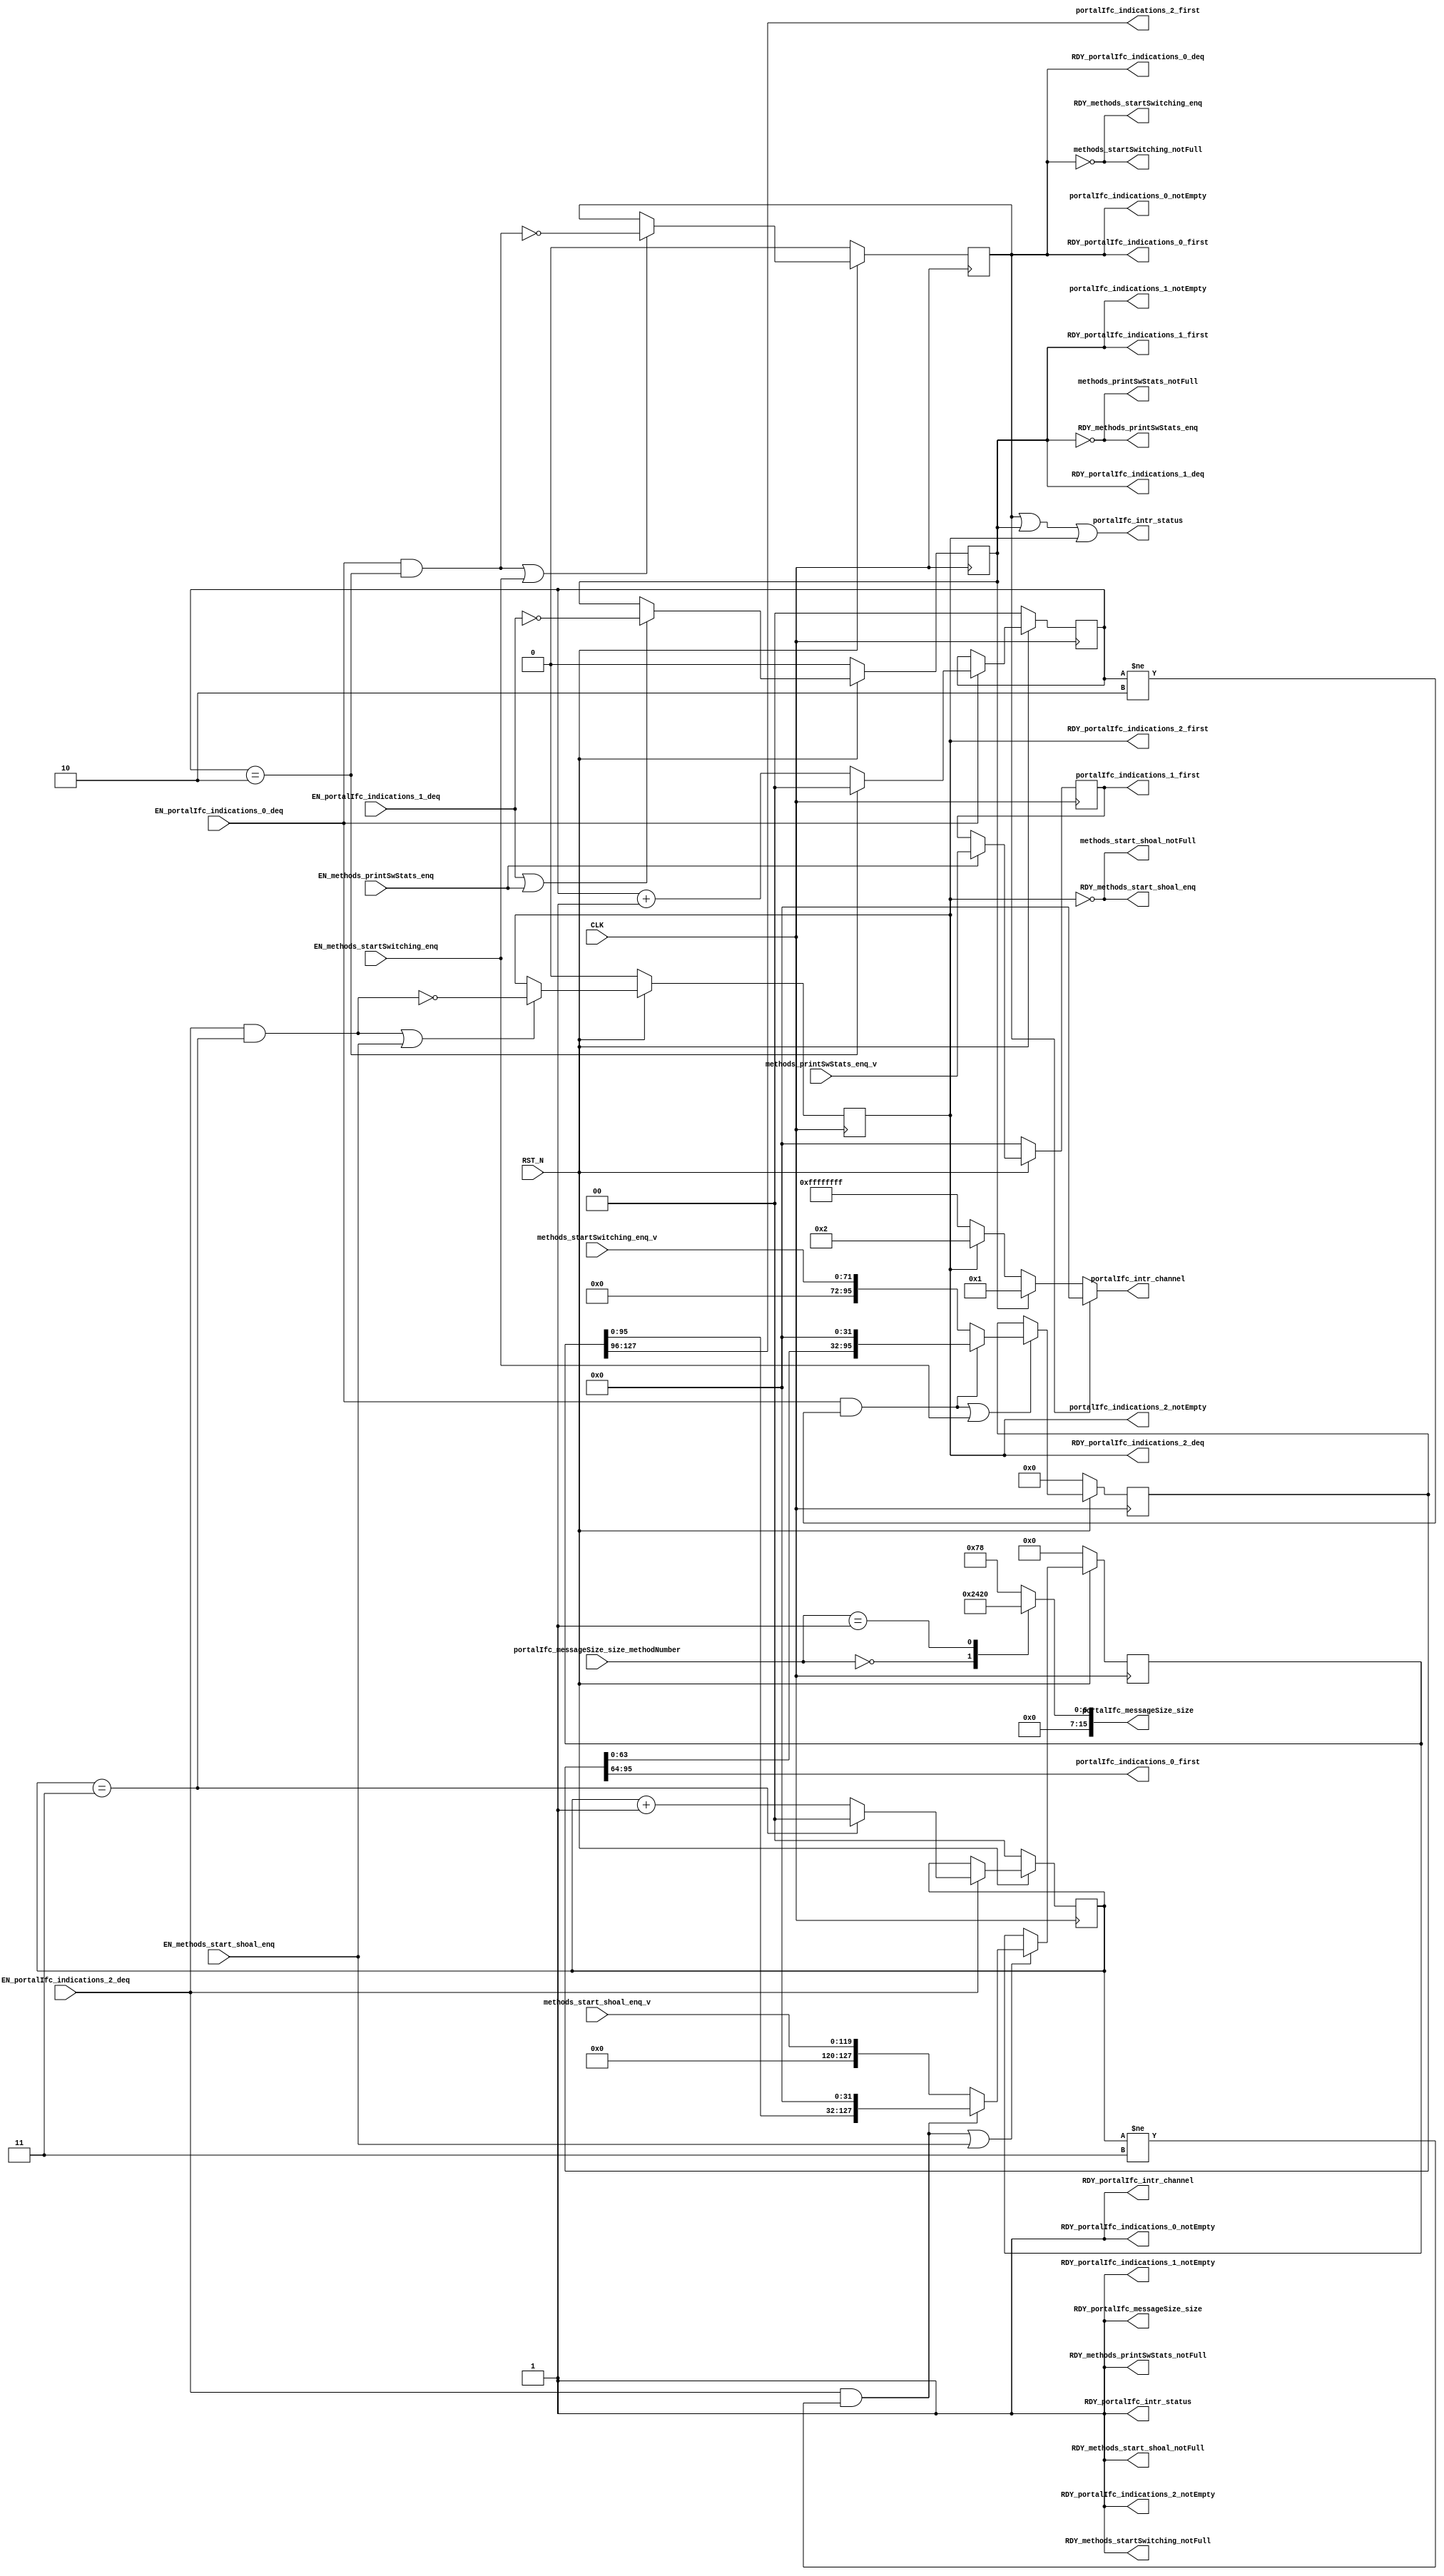
//
// Generated by Bluespec Compiler, version 2023.01 (build 52adafa5)
//
// timestamp removed
//
// BVI format method schedule info:
// schedule methods_startSwitching_enq  CF ( methods_printSwStats_enq,
// 					  methods_printSwStats_notFull,
// 					  methods_start_shoal_enq,
// 					  methods_start_shoal_notFull,
// 					  portalIfc_messageSize_size,
// 					  portalIfc_indications_0_first,
// 					  portalIfc_indications_0_deq,
// 					  portalIfc_indications_1_first,
// 					  portalIfc_indications_1_deq,
// 					  portalIfc_indications_1_notEmpty,
// 					  portalIfc_indications_2_first,
// 					  portalIfc_indications_2_deq,
// 					  portalIfc_indications_2_notEmpty );
// schedule methods_startSwitching_enq  C ( methods_startSwitching_enq );
//
// schedule methods_startSwitching_notFull  CF ( methods_startSwitching_notFull,
// 					      methods_printSwStats_enq,
// 					      methods_printSwStats_notFull,
// 					      methods_start_shoal_enq,
// 					      methods_start_shoal_notFull,
// 					      portalIfc_messageSize_size,
// 					      portalIfc_indications_0_first,
// 					      portalIfc_indications_0_notEmpty,
// 					      portalIfc_indications_1_first,
// 					      portalIfc_indications_1_deq,
// 					      portalIfc_indications_1_notEmpty,
// 					      portalIfc_indications_2_first,
// 					      portalIfc_indications_2_deq,
// 					      portalIfc_indications_2_notEmpty,
// 					      portalIfc_intr_status,
// 					      portalIfc_intr_channel );
// schedule methods_startSwitching_notFull  SB ( methods_startSwitching_enq,
// 					      portalIfc_indications_0_deq );
//
// schedule methods_printSwStats_enq  CF ( methods_startSwitching_enq,
// 					methods_startSwitching_notFull,
// 					methods_start_shoal_enq,
// 					methods_start_shoal_notFull,
// 					portalIfc_messageSize_size,
// 					portalIfc_indications_0_first,
// 					portalIfc_indications_0_deq,
// 					portalIfc_indications_0_notEmpty,
// 					portalIfc_indications_1_first,
// 					portalIfc_indications_1_deq,
// 					portalIfc_indications_2_first,
// 					portalIfc_indications_2_deq,
// 					portalIfc_indications_2_notEmpty );
// schedule methods_printSwStats_enq  C ( methods_printSwStats_enq );
//
// schedule methods_printSwStats_notFull  CF ( methods_startSwitching_enq,
// 					    methods_startSwitching_notFull,
// 					    methods_printSwStats_notFull,
// 					    methods_start_shoal_enq,
// 					    methods_start_shoal_notFull,
// 					    portalIfc_messageSize_size,
// 					    portalIfc_indications_0_first,
// 					    portalIfc_indications_0_deq,
// 					    portalIfc_indications_0_notEmpty,
// 					    portalIfc_indications_1_first,
// 					    portalIfc_indications_1_notEmpty,
// 					    portalIfc_indications_2_first,
// 					    portalIfc_indications_2_deq,
// 					    portalIfc_indications_2_notEmpty,
// 					    portalIfc_intr_status,
// 					    portalIfc_intr_channel );
// schedule methods_printSwStats_notFull  SB ( methods_printSwStats_enq,
// 					    portalIfc_indications_1_deq );
//
// schedule methods_start_shoal_enq  CF ( methods_startSwitching_enq,
// 				       methods_startSwitching_notFull,
// 				       methods_printSwStats_enq,
// 				       methods_printSwStats_notFull,
// 				       portalIfc_messageSize_size,
// 				       portalIfc_indications_0_first,
// 				       portalIfc_indications_0_deq,
// 				       portalIfc_indications_0_notEmpty,
// 				       portalIfc_indications_1_first,
// 				       portalIfc_indications_1_deq,
// 				       portalIfc_indications_1_notEmpty,
// 				       portalIfc_indications_2_first,
// 				       portalIfc_indications_2_deq );
// schedule methods_start_shoal_enq  C ( methods_start_shoal_enq );
//
// schedule methods_start_shoal_notFull  CF ( methods_startSwitching_enq,
// 					   methods_startSwitching_notFull,
// 					   methods_printSwStats_enq,
// 					   methods_printSwStats_notFull,
// 					   methods_start_shoal_notFull,
// 					   portalIfc_messageSize_size,
// 					   portalIfc_indications_0_first,
// 					   portalIfc_indications_0_deq,
// 					   portalIfc_indications_0_notEmpty,
// 					   portalIfc_indications_1_first,
// 					   portalIfc_indications_1_deq,
// 					   portalIfc_indications_1_notEmpty,
// 					   portalIfc_indications_2_first,
// 					   portalIfc_indications_2_notEmpty,
// 					   portalIfc_intr_status,
// 					   portalIfc_intr_channel );
// schedule methods_start_shoal_notFull  SB ( methods_start_shoal_enq,
// 					   portalIfc_indications_2_deq );
//
// schedule portalIfc_messageSize_size  CF ( methods_startSwitching_enq,
// 					  methods_startSwitching_notFull,
// 					  methods_printSwStats_enq,
// 					  methods_printSwStats_notFull,
// 					  methods_start_shoal_enq,
// 					  methods_start_shoal_notFull,
// 					  portalIfc_messageSize_size,
// 					  portalIfc_indications_0_first,
// 					  portalIfc_indications_0_deq,
// 					  portalIfc_indications_0_notEmpty,
// 					  portalIfc_indications_1_first,
// 					  portalIfc_indications_1_deq,
// 					  portalIfc_indications_1_notEmpty,
// 					  portalIfc_indications_2_first,
// 					  portalIfc_indications_2_deq,
// 					  portalIfc_indications_2_notEmpty,
// 					  portalIfc_intr_status,
// 					  portalIfc_intr_channel );
//
// schedule portalIfc_indications_0_first  CF ( methods_startSwitching_enq,
// 					     methods_startSwitching_notFull,
// 					     methods_printSwStats_enq,
// 					     methods_printSwStats_notFull,
// 					     methods_start_shoal_enq,
// 					     methods_start_shoal_notFull,
// 					     portalIfc_messageSize_size,
// 					     portalIfc_indications_0_first,
// 					     portalIfc_indications_0_notEmpty,
// 					     portalIfc_indications_1_first,
// 					     portalIfc_indications_1_deq,
// 					     portalIfc_indications_1_notEmpty,
// 					     portalIfc_indications_2_first,
// 					     portalIfc_indications_2_deq,
// 					     portalIfc_indications_2_notEmpty,
// 					     portalIfc_intr_status,
// 					     portalIfc_intr_channel );
// schedule portalIfc_indications_0_first  SB ( portalIfc_indications_0_deq );
//
// schedule portalIfc_indications_0_deq  CF ( methods_startSwitching_enq,
// 					   methods_printSwStats_enq,
// 					   methods_printSwStats_notFull,
// 					   methods_start_shoal_enq,
// 					   methods_start_shoal_notFull,
// 					   portalIfc_messageSize_size,
// 					   portalIfc_indications_1_first,
// 					   portalIfc_indications_1_deq,
// 					   portalIfc_indications_1_notEmpty,
// 					   portalIfc_indications_2_first,
// 					   portalIfc_indications_2_deq,
// 					   portalIfc_indications_2_notEmpty );
// schedule portalIfc_indications_0_deq  C ( portalIfc_indications_0_deq );
//
// schedule portalIfc_indications_0_notEmpty  CF ( methods_startSwitching_notFull,
// 						methods_printSwStats_enq,
// 						methods_printSwStats_notFull,
// 						methods_start_shoal_enq,
// 						methods_start_shoal_notFull,
// 						portalIfc_messageSize_size,
// 						portalIfc_indications_0_first,
// 						portalIfc_indications_0_notEmpty,
// 						portalIfc_indications_1_first,
// 						portalIfc_indications_1_deq,
// 						portalIfc_indications_1_notEmpty,
// 						portalIfc_indications_2_first,
// 						portalIfc_indications_2_deq,
// 						portalIfc_indications_2_notEmpty,
// 						portalIfc_intr_status,
// 						portalIfc_intr_channel );
// schedule portalIfc_indications_0_notEmpty  SB ( methods_startSwitching_enq,
// 						portalIfc_indications_0_deq );
//
// schedule portalIfc_indications_1_first  CF ( methods_startSwitching_enq,
// 					     methods_startSwitching_notFull,
// 					     methods_printSwStats_enq,
// 					     methods_printSwStats_notFull,
// 					     methods_start_shoal_enq,
// 					     methods_start_shoal_notFull,
// 					     portalIfc_messageSize_size,
// 					     portalIfc_indications_0_first,
// 					     portalIfc_indications_0_deq,
// 					     portalIfc_indications_0_notEmpty,
// 					     portalIfc_indications_1_first,
// 					     portalIfc_indications_1_notEmpty,
// 					     portalIfc_indications_2_first,
// 					     portalIfc_indications_2_deq,
// 					     portalIfc_indications_2_notEmpty,
// 					     portalIfc_intr_status,
// 					     portalIfc_intr_channel );
// schedule portalIfc_indications_1_first  SB ( portalIfc_indications_1_deq );
//
// schedule portalIfc_indications_1_deq  CF ( methods_startSwitching_enq,
// 					   methods_startSwitching_notFull,
// 					   methods_printSwStats_enq,
// 					   methods_start_shoal_enq,
// 					   methods_start_shoal_notFull,
// 					   portalIfc_messageSize_size,
// 					   portalIfc_indications_0_first,
// 					   portalIfc_indications_0_deq,
// 					   portalIfc_indications_0_notEmpty,
// 					   portalIfc_indications_2_first,
// 					   portalIfc_indications_2_deq,
// 					   portalIfc_indications_2_notEmpty );
// schedule portalIfc_indications_1_deq  C ( portalIfc_indications_1_deq );
//
// schedule portalIfc_indications_1_notEmpty  CF ( methods_startSwitching_enq,
// 						methods_startSwitching_notFull,
// 						methods_printSwStats_notFull,
// 						methods_start_shoal_enq,
// 						methods_start_shoal_notFull,
// 						portalIfc_messageSize_size,
// 						portalIfc_indications_0_first,
// 						portalIfc_indications_0_deq,
// 						portalIfc_indications_0_notEmpty,
// 						portalIfc_indications_1_first,
// 						portalIfc_indications_1_notEmpty,
// 						portalIfc_indications_2_first,
// 						portalIfc_indications_2_deq,
// 						portalIfc_indications_2_notEmpty,
// 						portalIfc_intr_status,
// 						portalIfc_intr_channel );
// schedule portalIfc_indications_1_notEmpty  SB ( methods_printSwStats_enq,
// 						portalIfc_indications_1_deq );
//
// schedule portalIfc_indications_2_first  CF ( methods_startSwitching_enq,
// 					     methods_startSwitching_notFull,
// 					     methods_printSwStats_enq,
// 					     methods_printSwStats_notFull,
// 					     methods_start_shoal_enq,
// 					     methods_start_shoal_notFull,
// 					     portalIfc_messageSize_size,
// 					     portalIfc_indications_0_first,
// 					     portalIfc_indications_0_deq,
// 					     portalIfc_indications_0_notEmpty,
// 					     portalIfc_indications_1_first,
// 					     portalIfc_indications_1_deq,
// 					     portalIfc_indications_1_notEmpty,
// 					     portalIfc_indications_2_first,
// 					     portalIfc_indications_2_notEmpty,
// 					     portalIfc_intr_status,
// 					     portalIfc_intr_channel );
// schedule portalIfc_indications_2_first  SB ( portalIfc_indications_2_deq );
//
// schedule portalIfc_indications_2_deq  CF ( methods_startSwitching_enq,
// 					   methods_startSwitching_notFull,
// 					   methods_printSwStats_enq,
// 					   methods_printSwStats_notFull,
// 					   methods_start_shoal_enq,
// 					   portalIfc_messageSize_size,
// 					   portalIfc_indications_0_first,
// 					   portalIfc_indications_0_deq,
// 					   portalIfc_indications_0_notEmpty,
// 					   portalIfc_indications_1_first,
// 					   portalIfc_indications_1_deq,
// 					   portalIfc_indications_1_notEmpty );
// schedule portalIfc_indications_2_deq  C ( portalIfc_indications_2_deq );
//
// schedule portalIfc_indications_2_notEmpty  CF ( methods_startSwitching_enq,
// 						methods_startSwitching_notFull,
// 						methods_printSwStats_enq,
// 						methods_printSwStats_notFull,
// 						methods_start_shoal_notFull,
// 						portalIfc_messageSize_size,
// 						portalIfc_indications_0_first,
// 						portalIfc_indications_0_deq,
// 						portalIfc_indications_0_notEmpty,
// 						portalIfc_indications_1_first,
// 						portalIfc_indications_1_deq,
// 						portalIfc_indications_1_notEmpty,
// 						portalIfc_indications_2_first,
// 						portalIfc_indications_2_notEmpty,
// 						portalIfc_intr_status,
// 						portalIfc_intr_channel );
// schedule portalIfc_indications_2_notEmpty  SB ( methods_start_shoal_enq,
// 						portalIfc_indications_2_deq );
//
// schedule portalIfc_intr_status  CF ( methods_startSwitching_notFull,
// 				     methods_printSwStats_notFull,
// 				     methods_start_shoal_notFull,
// 				     portalIfc_messageSize_size,
// 				     portalIfc_indications_0_first,
// 				     portalIfc_indications_0_notEmpty,
// 				     portalIfc_indications_1_first,
// 				     portalIfc_indications_1_notEmpty,
// 				     portalIfc_indications_2_first,
// 				     portalIfc_indications_2_notEmpty,
// 				     portalIfc_intr_status,
// 				     portalIfc_intr_channel );
// schedule portalIfc_intr_status  SB ( methods_startSwitching_enq,
// 				     methods_printSwStats_enq,
// 				     methods_start_shoal_enq,
// 				     portalIfc_indications_0_deq,
// 				     portalIfc_indications_1_deq,
// 				     portalIfc_indications_2_deq );
//
// schedule portalIfc_intr_channel  CF ( methods_startSwitching_notFull,
// 				      methods_printSwStats_notFull,
// 				      methods_start_shoal_notFull,
// 				      portalIfc_messageSize_size,
// 				      portalIfc_indications_0_first,
// 				      portalIfc_indications_0_notEmpty,
// 				      portalIfc_indications_1_first,
// 				      portalIfc_indications_1_notEmpty,
// 				      portalIfc_indications_2_first,
// 				      portalIfc_indications_2_notEmpty,
// 				      portalIfc_intr_status,
// 				      portalIfc_intr_channel );
// schedule portalIfc_intr_channel  SB ( methods_startSwitching_enq,
// 				      methods_printSwStats_enq,
// 				      methods_start_shoal_enq,
// 				      portalIfc_indications_0_deq,
// 				      portalIfc_indications_1_deq,
// 				      portalIfc_indications_2_deq );
//
//
// Ports:
// Name                         I/O  size props
// RDY_methods_startSwitching_enq  O     1
// methods_startSwitching_notFull  O     1
// RDY_methods_startSwitching_notFull  O     1 const
// RDY_methods_printSwStats_enq   O     1
// methods_printSwStats_notFull   O     1
// RDY_methods_printSwStats_notFull  O     1 const
// RDY_methods_start_shoal_enq    O     1
// methods_start_shoal_notFull    O     1
// RDY_methods_start_shoal_notFull  O     1 const
// portalIfc_messageSize_size     O    16
// RDY_portalIfc_messageSize_size  O     1 const
// portalIfc_indications_0_first  O    32 reg
// RDY_portalIfc_indications_0_first  O     1 reg
// RDY_portalIfc_indications_0_deq  O     1 reg
// portalIfc_indications_0_notEmpty  O     1 reg
// RDY_portalIfc_indications_0_notEmpty  O     1 const
// portalIfc_indications_1_first  O    32 reg
// RDY_portalIfc_indications_1_first  O     1 reg
// RDY_portalIfc_indications_1_deq  O     1 reg
// portalIfc_indications_1_notEmpty  O     1 reg
// RDY_portalIfc_indications_1_notEmpty  O     1 const
// portalIfc_indications_2_first  O    32 reg
// RDY_portalIfc_indications_2_first  O     1 reg
// RDY_portalIfc_indications_2_deq  O     1 reg
// portalIfc_indications_2_notEmpty  O     1 reg
// RDY_portalIfc_indications_2_notEmpty  O     1 const
// portalIfc_intr_status          O     1
// RDY_portalIfc_intr_status      O     1 const
// portalIfc_intr_channel         O    32
// RDY_portalIfc_intr_channel     O     1 const
// CLK                            I     1 clock
// RST_N                          I     1 reset
// methods_startSwitching_enq_v   I    72
// methods_printSwStats_enq_v     I    32 reg
// methods_start_shoal_enq_v      I   120
// portalIfc_messageSize_size_methodNumber  I    16
// EN_methods_startSwitching_enq  I     1
// EN_methods_printSwStats_enq    I     1
// EN_methods_start_shoal_enq     I     1
// EN_portalIfc_indications_0_deq  I     1
// EN_portalIfc_indications_1_deq  I     1
// EN_portalIfc_indications_2_deq  I     1
//
// Combinational paths from inputs to outputs:
//   portalIfc_messageSize_size_methodNumber -> portalIfc_messageSize_size
//
//

`ifdef BSV_ASSIGNMENT_DELAY
`else
  `define BSV_ASSIGNMENT_DELAY
`endif

`ifdef BSV_POSITIVE_RESET
  `define BSV_RESET_VALUE 1'b1
  `define BSV_RESET_EDGE posedge
`else
  `define BSV_RESET_VALUE 1'b0
  `define BSV_RESET_EDGE negedge
`endif

module mkShoalMultiSimTopRequestOutputPipes(CLK,
					    RST_N,

					    methods_startSwitching_enq_v,
					    EN_methods_startSwitching_enq,
					    RDY_methods_startSwitching_enq,

					    methods_startSwitching_notFull,
					    RDY_methods_startSwitching_notFull,

					    methods_printSwStats_enq_v,
					    EN_methods_printSwStats_enq,
					    RDY_methods_printSwStats_enq,

					    methods_printSwStats_notFull,
					    RDY_methods_printSwStats_notFull,

					    methods_start_shoal_enq_v,
					    EN_methods_start_shoal_enq,
					    RDY_methods_start_shoal_enq,

					    methods_start_shoal_notFull,
					    RDY_methods_start_shoal_notFull,

					    portalIfc_messageSize_size_methodNumber,
					    portalIfc_messageSize_size,
					    RDY_portalIfc_messageSize_size,

					    portalIfc_indications_0_first,
					    RDY_portalIfc_indications_0_first,

					    EN_portalIfc_indications_0_deq,
					    RDY_portalIfc_indications_0_deq,

					    portalIfc_indications_0_notEmpty,
					    RDY_portalIfc_indications_0_notEmpty,

					    portalIfc_indications_1_first,
					    RDY_portalIfc_indications_1_first,

					    EN_portalIfc_indications_1_deq,
					    RDY_portalIfc_indications_1_deq,

					    portalIfc_indications_1_notEmpty,
					    RDY_portalIfc_indications_1_notEmpty,

					    portalIfc_indications_2_first,
					    RDY_portalIfc_indications_2_first,

					    EN_portalIfc_indications_2_deq,
					    RDY_portalIfc_indications_2_deq,

					    portalIfc_indications_2_notEmpty,
					    RDY_portalIfc_indications_2_notEmpty,

					    portalIfc_intr_status,
					    RDY_portalIfc_intr_status,

					    portalIfc_intr_channel,
					    RDY_portalIfc_intr_channel);
  input  CLK;
  input  RST_N;

  // action method methods_startSwitching_enq
  input  [71 : 0] methods_startSwitching_enq_v;
  input  EN_methods_startSwitching_enq;
  output RDY_methods_startSwitching_enq;

  // value method methods_startSwitching_notFull
  output methods_startSwitching_notFull;
  output RDY_methods_startSwitching_notFull;

  // action method methods_printSwStats_enq
  input  [31 : 0] methods_printSwStats_enq_v;
  input  EN_methods_printSwStats_enq;
  output RDY_methods_printSwStats_enq;

  // value method methods_printSwStats_notFull
  output methods_printSwStats_notFull;
  output RDY_methods_printSwStats_notFull;

  // action method methods_start_shoal_enq
  input  [119 : 0] methods_start_shoal_enq_v;
  input  EN_methods_start_shoal_enq;
  output RDY_methods_start_shoal_enq;

  // value method methods_start_shoal_notFull
  output methods_start_shoal_notFull;
  output RDY_methods_start_shoal_notFull;

  // value method portalIfc_messageSize_size
  input  [15 : 0] portalIfc_messageSize_size_methodNumber;
  output [15 : 0] portalIfc_messageSize_size;
  output RDY_portalIfc_messageSize_size;

  // value method portalIfc_indications_0_first
  output [31 : 0] portalIfc_indications_0_first;
  output RDY_portalIfc_indications_0_first;

  // action method portalIfc_indications_0_deq
  input  EN_portalIfc_indications_0_deq;
  output RDY_portalIfc_indications_0_deq;

  // value method portalIfc_indications_0_notEmpty
  output portalIfc_indications_0_notEmpty;
  output RDY_portalIfc_indications_0_notEmpty;

  // value method portalIfc_indications_1_first
  output [31 : 0] portalIfc_indications_1_first;
  output RDY_portalIfc_indications_1_first;

  // action method portalIfc_indications_1_deq
  input  EN_portalIfc_indications_1_deq;
  output RDY_portalIfc_indications_1_deq;

  // value method portalIfc_indications_1_notEmpty
  output portalIfc_indications_1_notEmpty;
  output RDY_portalIfc_indications_1_notEmpty;

  // value method portalIfc_indications_2_first
  output [31 : 0] portalIfc_indications_2_first;
  output RDY_portalIfc_indications_2_first;

  // action method portalIfc_indications_2_deq
  input  EN_portalIfc_indications_2_deq;
  output RDY_portalIfc_indications_2_deq;

  // value method portalIfc_indications_2_notEmpty
  output portalIfc_indications_2_notEmpty;
  output RDY_portalIfc_indications_2_notEmpty;

  // value method portalIfc_intr_status
  output portalIfc_intr_status;
  output RDY_portalIfc_intr_status;

  // value method portalIfc_intr_channel
  output [31 : 0] portalIfc_intr_channel;
  output RDY_portalIfc_intr_channel;

  // signals for module outputs
  reg [15 : 0] portalIfc_messageSize_size;
  wire [31 : 0] portalIfc_indications_0_first,
		portalIfc_indications_1_first,
		portalIfc_indications_2_first,
		portalIfc_intr_channel;
  wire RDY_methods_printSwStats_enq,
       RDY_methods_printSwStats_notFull,
       RDY_methods_startSwitching_enq,
       RDY_methods_startSwitching_notFull,
       RDY_methods_start_shoal_enq,
       RDY_methods_start_shoal_notFull,
       RDY_portalIfc_indications_0_deq,
       RDY_portalIfc_indications_0_first,
       RDY_portalIfc_indications_0_notEmpty,
       RDY_portalIfc_indications_1_deq,
       RDY_portalIfc_indications_1_first,
       RDY_portalIfc_indications_1_notEmpty,
       RDY_portalIfc_indications_2_deq,
       RDY_portalIfc_indications_2_first,
       RDY_portalIfc_indications_2_notEmpty,
       RDY_portalIfc_intr_channel,
       RDY_portalIfc_intr_status,
       RDY_portalIfc_messageSize_size,
       methods_printSwStats_notFull,
       methods_startSwitching_notFull,
       methods_start_shoal_notFull,
       portalIfc_indications_0_notEmpty,
       portalIfc_indications_1_notEmpty,
       portalIfc_indications_2_notEmpty,
       portalIfc_intr_status;

  // register printSwStats_responseAdapter_bits
  reg [31 : 0] printSwStats_responseAdapter_bits;
  wire [31 : 0] printSwStats_responseAdapter_bits_D_IN;
  wire printSwStats_responseAdapter_bits_EN;

  // register printSwStats_responseAdapter_notEmptyReg
  reg printSwStats_responseAdapter_notEmptyReg;
  wire printSwStats_responseAdapter_notEmptyReg_D_IN,
       printSwStats_responseAdapter_notEmptyReg_EN;

  // register printSwStats_responseAdapter_shift
  reg [5 : 0] printSwStats_responseAdapter_shift;
  wire [5 : 0] printSwStats_responseAdapter_shift_D_IN;
  wire printSwStats_responseAdapter_shift_EN;

  // register startSwitching_responseAdapter_bits
  reg [95 : 0] startSwitching_responseAdapter_bits;
  wire [95 : 0] startSwitching_responseAdapter_bits_D_IN;
  wire startSwitching_responseAdapter_bits_EN;

  // register startSwitching_responseAdapter_count
  reg [1 : 0] startSwitching_responseAdapter_count;
  wire [1 : 0] startSwitching_responseAdapter_count_D_IN;
  wire startSwitching_responseAdapter_count_EN;

  // register startSwitching_responseAdapter_notEmptyReg
  reg startSwitching_responseAdapter_notEmptyReg;
  wire startSwitching_responseAdapter_notEmptyReg_D_IN,
       startSwitching_responseAdapter_notEmptyReg_EN;

  // register startSwitching_responseAdapter_shift
  reg [7 : 0] startSwitching_responseAdapter_shift;
  wire [7 : 0] startSwitching_responseAdapter_shift_D_IN;
  wire startSwitching_responseAdapter_shift_EN;

  // register start_shoal_responseAdapter_bits
  reg [127 : 0] start_shoal_responseAdapter_bits;
  wire [127 : 0] start_shoal_responseAdapter_bits_D_IN;
  wire start_shoal_responseAdapter_bits_EN;

  // register start_shoal_responseAdapter_count
  reg [1 : 0] start_shoal_responseAdapter_count;
  wire [1 : 0] start_shoal_responseAdapter_count_D_IN;
  wire start_shoal_responseAdapter_count_EN;

  // register start_shoal_responseAdapter_notEmptyReg
  reg start_shoal_responseAdapter_notEmptyReg;
  wire start_shoal_responseAdapter_notEmptyReg_D_IN,
       start_shoal_responseAdapter_notEmptyReg_EN;

  // register start_shoal_responseAdapter_shift
  reg [7 : 0] start_shoal_responseAdapter_shift;
  wire [7 : 0] start_shoal_responseAdapter_shift_D_IN;
  wire start_shoal_responseAdapter_shift_EN;

  // inputs to muxes for submodule ports
  wire [127 : 0] MUX_start_shoal_responseAdapter_bits_write_1__VAL_1,
		 MUX_start_shoal_responseAdapter_bits_write_1__VAL_2;
  wire [95 : 0] MUX_startSwitching_responseAdapter_bits_write_1__VAL_1,
		MUX_startSwitching_responseAdapter_bits_write_1__VAL_2;
  wire MUX_startSwitching_responseAdapter_bits_write_1__SEL_1,
       MUX_startSwitching_responseAdapter_notEmptyReg_write_1__SEL_1,
       MUX_start_shoal_responseAdapter_bits_write_1__SEL_1,
       MUX_start_shoal_responseAdapter_notEmptyReg_write_1__SEL_1;

  // remaining internal signals
  wire [1 : 0] x__h1214, x__h990;

  // action method methods_startSwitching_enq
  assign RDY_methods_startSwitching_enq =
	     !startSwitching_responseAdapter_notEmptyReg ;

  // value method methods_startSwitching_notFull
  assign methods_startSwitching_notFull =
	     !startSwitching_responseAdapter_notEmptyReg ;
  assign RDY_methods_startSwitching_notFull = 1'd1 ;

  // action method methods_printSwStats_enq
  assign RDY_methods_printSwStats_enq =
	     !printSwStats_responseAdapter_notEmptyReg ;

  // value method methods_printSwStats_notFull
  assign methods_printSwStats_notFull =
	     !printSwStats_responseAdapter_notEmptyReg ;
  assign RDY_methods_printSwStats_notFull = 1'd1 ;

  // action method methods_start_shoal_enq
  assign RDY_methods_start_shoal_enq =
	     !start_shoal_responseAdapter_notEmptyReg ;

  // value method methods_start_shoal_notFull
  assign methods_start_shoal_notFull =
	     !start_shoal_responseAdapter_notEmptyReg ;
  assign RDY_methods_start_shoal_notFull = 1'd1 ;

  // value method portalIfc_messageSize_size
  always@(portalIfc_messageSize_size_methodNumber)
  begin
    case (portalIfc_messageSize_size_methodNumber)
      16'd0: portalIfc_messageSize_size = 16'd72;
      16'd1: portalIfc_messageSize_size = 16'd32;
      default: portalIfc_messageSize_size = 16'd120;
    endcase
  end
  assign RDY_portalIfc_messageSize_size = 1'd1 ;

  // value method portalIfc_indications_0_first
  assign portalIfc_indications_0_first =
	     startSwitching_responseAdapter_bits[95:64] ;
  assign RDY_portalIfc_indications_0_first =
	     startSwitching_responseAdapter_notEmptyReg ;

  // action method portalIfc_indications_0_deq
  assign RDY_portalIfc_indications_0_deq =
	     startSwitching_responseAdapter_notEmptyReg ;

  // value method portalIfc_indications_0_notEmpty
  assign portalIfc_indications_0_notEmpty =
	     startSwitching_responseAdapter_notEmptyReg ;
  assign RDY_portalIfc_indications_0_notEmpty = 1'd1 ;

  // value method portalIfc_indications_1_first
  assign portalIfc_indications_1_first = printSwStats_responseAdapter_bits ;
  assign RDY_portalIfc_indications_1_first =
	     printSwStats_responseAdapter_notEmptyReg ;

  // action method portalIfc_indications_1_deq
  assign RDY_portalIfc_indications_1_deq =
	     printSwStats_responseAdapter_notEmptyReg ;

  // value method portalIfc_indications_1_notEmpty
  assign portalIfc_indications_1_notEmpty =
	     printSwStats_responseAdapter_notEmptyReg ;
  assign RDY_portalIfc_indications_1_notEmpty = 1'd1 ;

  // value method portalIfc_indications_2_first
  assign portalIfc_indications_2_first =
	     start_shoal_responseAdapter_bits[127:96] ;
  assign RDY_portalIfc_indications_2_first =
	     start_shoal_responseAdapter_notEmptyReg ;

  // action method portalIfc_indications_2_deq
  assign RDY_portalIfc_indications_2_deq =
	     start_shoal_responseAdapter_notEmptyReg ;

  // value method portalIfc_indications_2_notEmpty
  assign portalIfc_indications_2_notEmpty =
	     start_shoal_responseAdapter_notEmptyReg ;
  assign RDY_portalIfc_indications_2_notEmpty = 1'd1 ;

  // value method portalIfc_intr_status
  assign portalIfc_intr_status =
	     startSwitching_responseAdapter_notEmptyReg ||
	     printSwStats_responseAdapter_notEmptyReg ||
	     start_shoal_responseAdapter_notEmptyReg ;
  assign RDY_portalIfc_intr_status = 1'd1 ;

  // value method portalIfc_intr_channel
  assign portalIfc_intr_channel =
	     startSwitching_responseAdapter_notEmptyReg ?
	       32'd0 :
	       (printSwStats_responseAdapter_notEmptyReg ?
		  32'd1 :
		  (start_shoal_responseAdapter_notEmptyReg ?
		     32'd2 :
		     32'hFFFFFFFF)) ;
  assign RDY_portalIfc_intr_channel = 1'd1 ;

  // inputs to muxes for submodule ports
  assign MUX_startSwitching_responseAdapter_bits_write_1__SEL_1 =
	     EN_portalIfc_indications_0_deq &&
	     startSwitching_responseAdapter_count != 2'd2 ;
  assign MUX_startSwitching_responseAdapter_notEmptyReg_write_1__SEL_1 =
	     EN_portalIfc_indications_0_deq &&
	     startSwitching_responseAdapter_count == 2'd2 ;
  assign MUX_start_shoal_responseAdapter_bits_write_1__SEL_1 =
	     EN_portalIfc_indications_2_deq &&
	     start_shoal_responseAdapter_count != 2'd3 ;
  assign MUX_start_shoal_responseAdapter_notEmptyReg_write_1__SEL_1 =
	     EN_portalIfc_indications_2_deq &&
	     start_shoal_responseAdapter_count == 2'd3 ;
  assign MUX_startSwitching_responseAdapter_bits_write_1__VAL_1 =
	     { startSwitching_responseAdapter_bits[63:0], 32'd0 } ;
  assign MUX_startSwitching_responseAdapter_bits_write_1__VAL_2 =
	     { 24'd0, methods_startSwitching_enq_v } ;
  assign MUX_start_shoal_responseAdapter_bits_write_1__VAL_1 =
	     { start_shoal_responseAdapter_bits[95:0], 32'd0 } ;
  assign MUX_start_shoal_responseAdapter_bits_write_1__VAL_2 =
	     { 8'd0, methods_start_shoal_enq_v } ;

  // register printSwStats_responseAdapter_bits
  assign printSwStats_responseAdapter_bits_D_IN = methods_printSwStats_enq_v ;
  assign printSwStats_responseAdapter_bits_EN = EN_methods_printSwStats_enq ;

  // register printSwStats_responseAdapter_notEmptyReg
  assign printSwStats_responseAdapter_notEmptyReg_D_IN =
	     !EN_portalIfc_indications_1_deq ;
  assign printSwStats_responseAdapter_notEmptyReg_EN =
	     EN_portalIfc_indications_1_deq || EN_methods_printSwStats_enq ;

  // register printSwStats_responseAdapter_shift
  assign printSwStats_responseAdapter_shift_D_IN = 6'h0 ;
  assign printSwStats_responseAdapter_shift_EN = 1'b0 ;

  // register startSwitching_responseAdapter_bits
  assign startSwitching_responseAdapter_bits_D_IN =
	     MUX_startSwitching_responseAdapter_bits_write_1__SEL_1 ?
	       MUX_startSwitching_responseAdapter_bits_write_1__VAL_1 :
	       MUX_startSwitching_responseAdapter_bits_write_1__VAL_2 ;
  assign startSwitching_responseAdapter_bits_EN =
	     EN_portalIfc_indications_0_deq &&
	     startSwitching_responseAdapter_count != 2'd2 ||
	     EN_methods_startSwitching_enq ;

  // register startSwitching_responseAdapter_count
  assign startSwitching_responseAdapter_count_D_IN =
	     (startSwitching_responseAdapter_count == 2'd2) ? 2'd0 : x__h990 ;
  assign startSwitching_responseAdapter_count_EN =
	     EN_portalIfc_indications_0_deq ;

  // register startSwitching_responseAdapter_notEmptyReg
  assign startSwitching_responseAdapter_notEmptyReg_D_IN =
	     !MUX_startSwitching_responseAdapter_notEmptyReg_write_1__SEL_1 ;
  assign startSwitching_responseAdapter_notEmptyReg_EN =
	     EN_portalIfc_indications_0_deq &&
	     startSwitching_responseAdapter_count == 2'd2 ||
	     EN_methods_startSwitching_enq ;

  // register startSwitching_responseAdapter_shift
  assign startSwitching_responseAdapter_shift_D_IN =
	     startSwitching_responseAdapter_shift + 8'd32 ;
  assign startSwitching_responseAdapter_shift_EN =
	     MUX_startSwitching_responseAdapter_bits_write_1__SEL_1 ;

  // register start_shoal_responseAdapter_bits
  assign start_shoal_responseAdapter_bits_D_IN =
	     MUX_start_shoal_responseAdapter_bits_write_1__SEL_1 ?
	       MUX_start_shoal_responseAdapter_bits_write_1__VAL_1 :
	       MUX_start_shoal_responseAdapter_bits_write_1__VAL_2 ;
  assign start_shoal_responseAdapter_bits_EN =
	     EN_portalIfc_indications_2_deq &&
	     start_shoal_responseAdapter_count != 2'd3 ||
	     EN_methods_start_shoal_enq ;

  // register start_shoal_responseAdapter_count
  assign start_shoal_responseAdapter_count_D_IN =
	     (start_shoal_responseAdapter_count == 2'd3) ? 2'd0 : x__h1214 ;
  assign start_shoal_responseAdapter_count_EN =
	     EN_portalIfc_indications_2_deq ;

  // register start_shoal_responseAdapter_notEmptyReg
  assign start_shoal_responseAdapter_notEmptyReg_D_IN =
	     !MUX_start_shoal_responseAdapter_notEmptyReg_write_1__SEL_1 ;
  assign start_shoal_responseAdapter_notEmptyReg_EN =
	     EN_portalIfc_indications_2_deq &&
	     start_shoal_responseAdapter_count == 2'd3 ||
	     EN_methods_start_shoal_enq ;

  // register start_shoal_responseAdapter_shift
  assign start_shoal_responseAdapter_shift_D_IN =
	     start_shoal_responseAdapter_shift + 8'd32 ;
  assign start_shoal_responseAdapter_shift_EN =
	     MUX_start_shoal_responseAdapter_bits_write_1__SEL_1 ;

  // remaining internal signals
  assign x__h1214 = start_shoal_responseAdapter_count + 2'd1 ;
  assign x__h990 = startSwitching_responseAdapter_count + 2'd1 ;

  // handling of inlined registers

  always@(posedge CLK)
  begin
    if (RST_N == `BSV_RESET_VALUE)
      begin
        printSwStats_responseAdapter_bits <= `BSV_ASSIGNMENT_DELAY 32'd0;
	printSwStats_responseAdapter_notEmptyReg <= `BSV_ASSIGNMENT_DELAY
	    1'd0;
	printSwStats_responseAdapter_shift <= `BSV_ASSIGNMENT_DELAY 6'd0;
	startSwitching_responseAdapter_bits <= `BSV_ASSIGNMENT_DELAY 96'd0;
	startSwitching_responseAdapter_count <= `BSV_ASSIGNMENT_DELAY 2'd0;
	startSwitching_responseAdapter_notEmptyReg <= `BSV_ASSIGNMENT_DELAY
	    1'd0;
	startSwitching_responseAdapter_shift <= `BSV_ASSIGNMENT_DELAY 8'd0;
	start_shoal_responseAdapter_bits <= `BSV_ASSIGNMENT_DELAY 128'd0;
	start_shoal_responseAdapter_count <= `BSV_ASSIGNMENT_DELAY 2'd0;
	start_shoal_responseAdapter_notEmptyReg <= `BSV_ASSIGNMENT_DELAY 1'd0;
	start_shoal_responseAdapter_shift <= `BSV_ASSIGNMENT_DELAY 8'd0;
      end
    else
      begin
        if (printSwStats_responseAdapter_bits_EN)
	  printSwStats_responseAdapter_bits <= `BSV_ASSIGNMENT_DELAY
	      printSwStats_responseAdapter_bits_D_IN;
	if (printSwStats_responseAdapter_notEmptyReg_EN)
	  printSwStats_responseAdapter_notEmptyReg <= `BSV_ASSIGNMENT_DELAY
	      printSwStats_responseAdapter_notEmptyReg_D_IN;
	if (printSwStats_responseAdapter_shift_EN)
	  printSwStats_responseAdapter_shift <= `BSV_ASSIGNMENT_DELAY
	      printSwStats_responseAdapter_shift_D_IN;
	if (startSwitching_responseAdapter_bits_EN)
	  startSwitching_responseAdapter_bits <= `BSV_ASSIGNMENT_DELAY
	      startSwitching_responseAdapter_bits_D_IN;
	if (startSwitching_responseAdapter_count_EN)
	  startSwitching_responseAdapter_count <= `BSV_ASSIGNMENT_DELAY
	      startSwitching_responseAdapter_count_D_IN;
	if (startSwitching_responseAdapter_notEmptyReg_EN)
	  startSwitching_responseAdapter_notEmptyReg <= `BSV_ASSIGNMENT_DELAY
	      startSwitching_responseAdapter_notEmptyReg_D_IN;
	if (startSwitching_responseAdapter_shift_EN)
	  startSwitching_responseAdapter_shift <= `BSV_ASSIGNMENT_DELAY
	      startSwitching_responseAdapter_shift_D_IN;
	if (start_shoal_responseAdapter_bits_EN)
	  start_shoal_responseAdapter_bits <= `BSV_ASSIGNMENT_DELAY
	      start_shoal_responseAdapter_bits_D_IN;
	if (start_shoal_responseAdapter_count_EN)
	  start_shoal_responseAdapter_count <= `BSV_ASSIGNMENT_DELAY
	      start_shoal_responseAdapter_count_D_IN;
	if (start_shoal_responseAdapter_notEmptyReg_EN)
	  start_shoal_responseAdapter_notEmptyReg <= `BSV_ASSIGNMENT_DELAY
	      start_shoal_responseAdapter_notEmptyReg_D_IN;
	if (start_shoal_responseAdapter_shift_EN)
	  start_shoal_responseAdapter_shift <= `BSV_ASSIGNMENT_DELAY
	      start_shoal_responseAdapter_shift_D_IN;
      end
  end

  // synopsys translate_off
  `ifdef BSV_NO_INITIAL_BLOCKS
  `else // not BSV_NO_INITIAL_BLOCKS
  initial
  begin
    printSwStats_responseAdapter_bits = 32'hAAAAAAAA;
    printSwStats_responseAdapter_notEmptyReg = 1'h0;
    printSwStats_responseAdapter_shift = 6'h2A;
    startSwitching_responseAdapter_bits = 96'hAAAAAAAAAAAAAAAAAAAAAAAA;
    startSwitching_responseAdapter_count = 2'h2;
    startSwitching_responseAdapter_notEmptyReg = 1'h0;
    startSwitching_responseAdapter_shift = 8'hAA;
    start_shoal_responseAdapter_bits = 128'hAAAAAAAAAAAAAAAAAAAAAAAAAAAAAAAA;
    start_shoal_responseAdapter_count = 2'h2;
    start_shoal_responseAdapter_notEmptyReg = 1'h0;
    start_shoal_responseAdapter_shift = 8'hAA;
  end
  `endif // BSV_NO_INITIAL_BLOCKS
  // synopsys translate_on
endmodule  // mkShoalMultiSimTopRequestOutputPipes